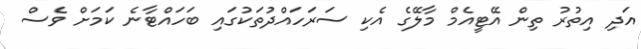
އަދި އިތުރު ތިން އޭޓީއެމް މާލޭގެ އެކި ސަރަހައްދުތަކުގައި ބަހައްޓާނެ ކަމަށް ވެސް